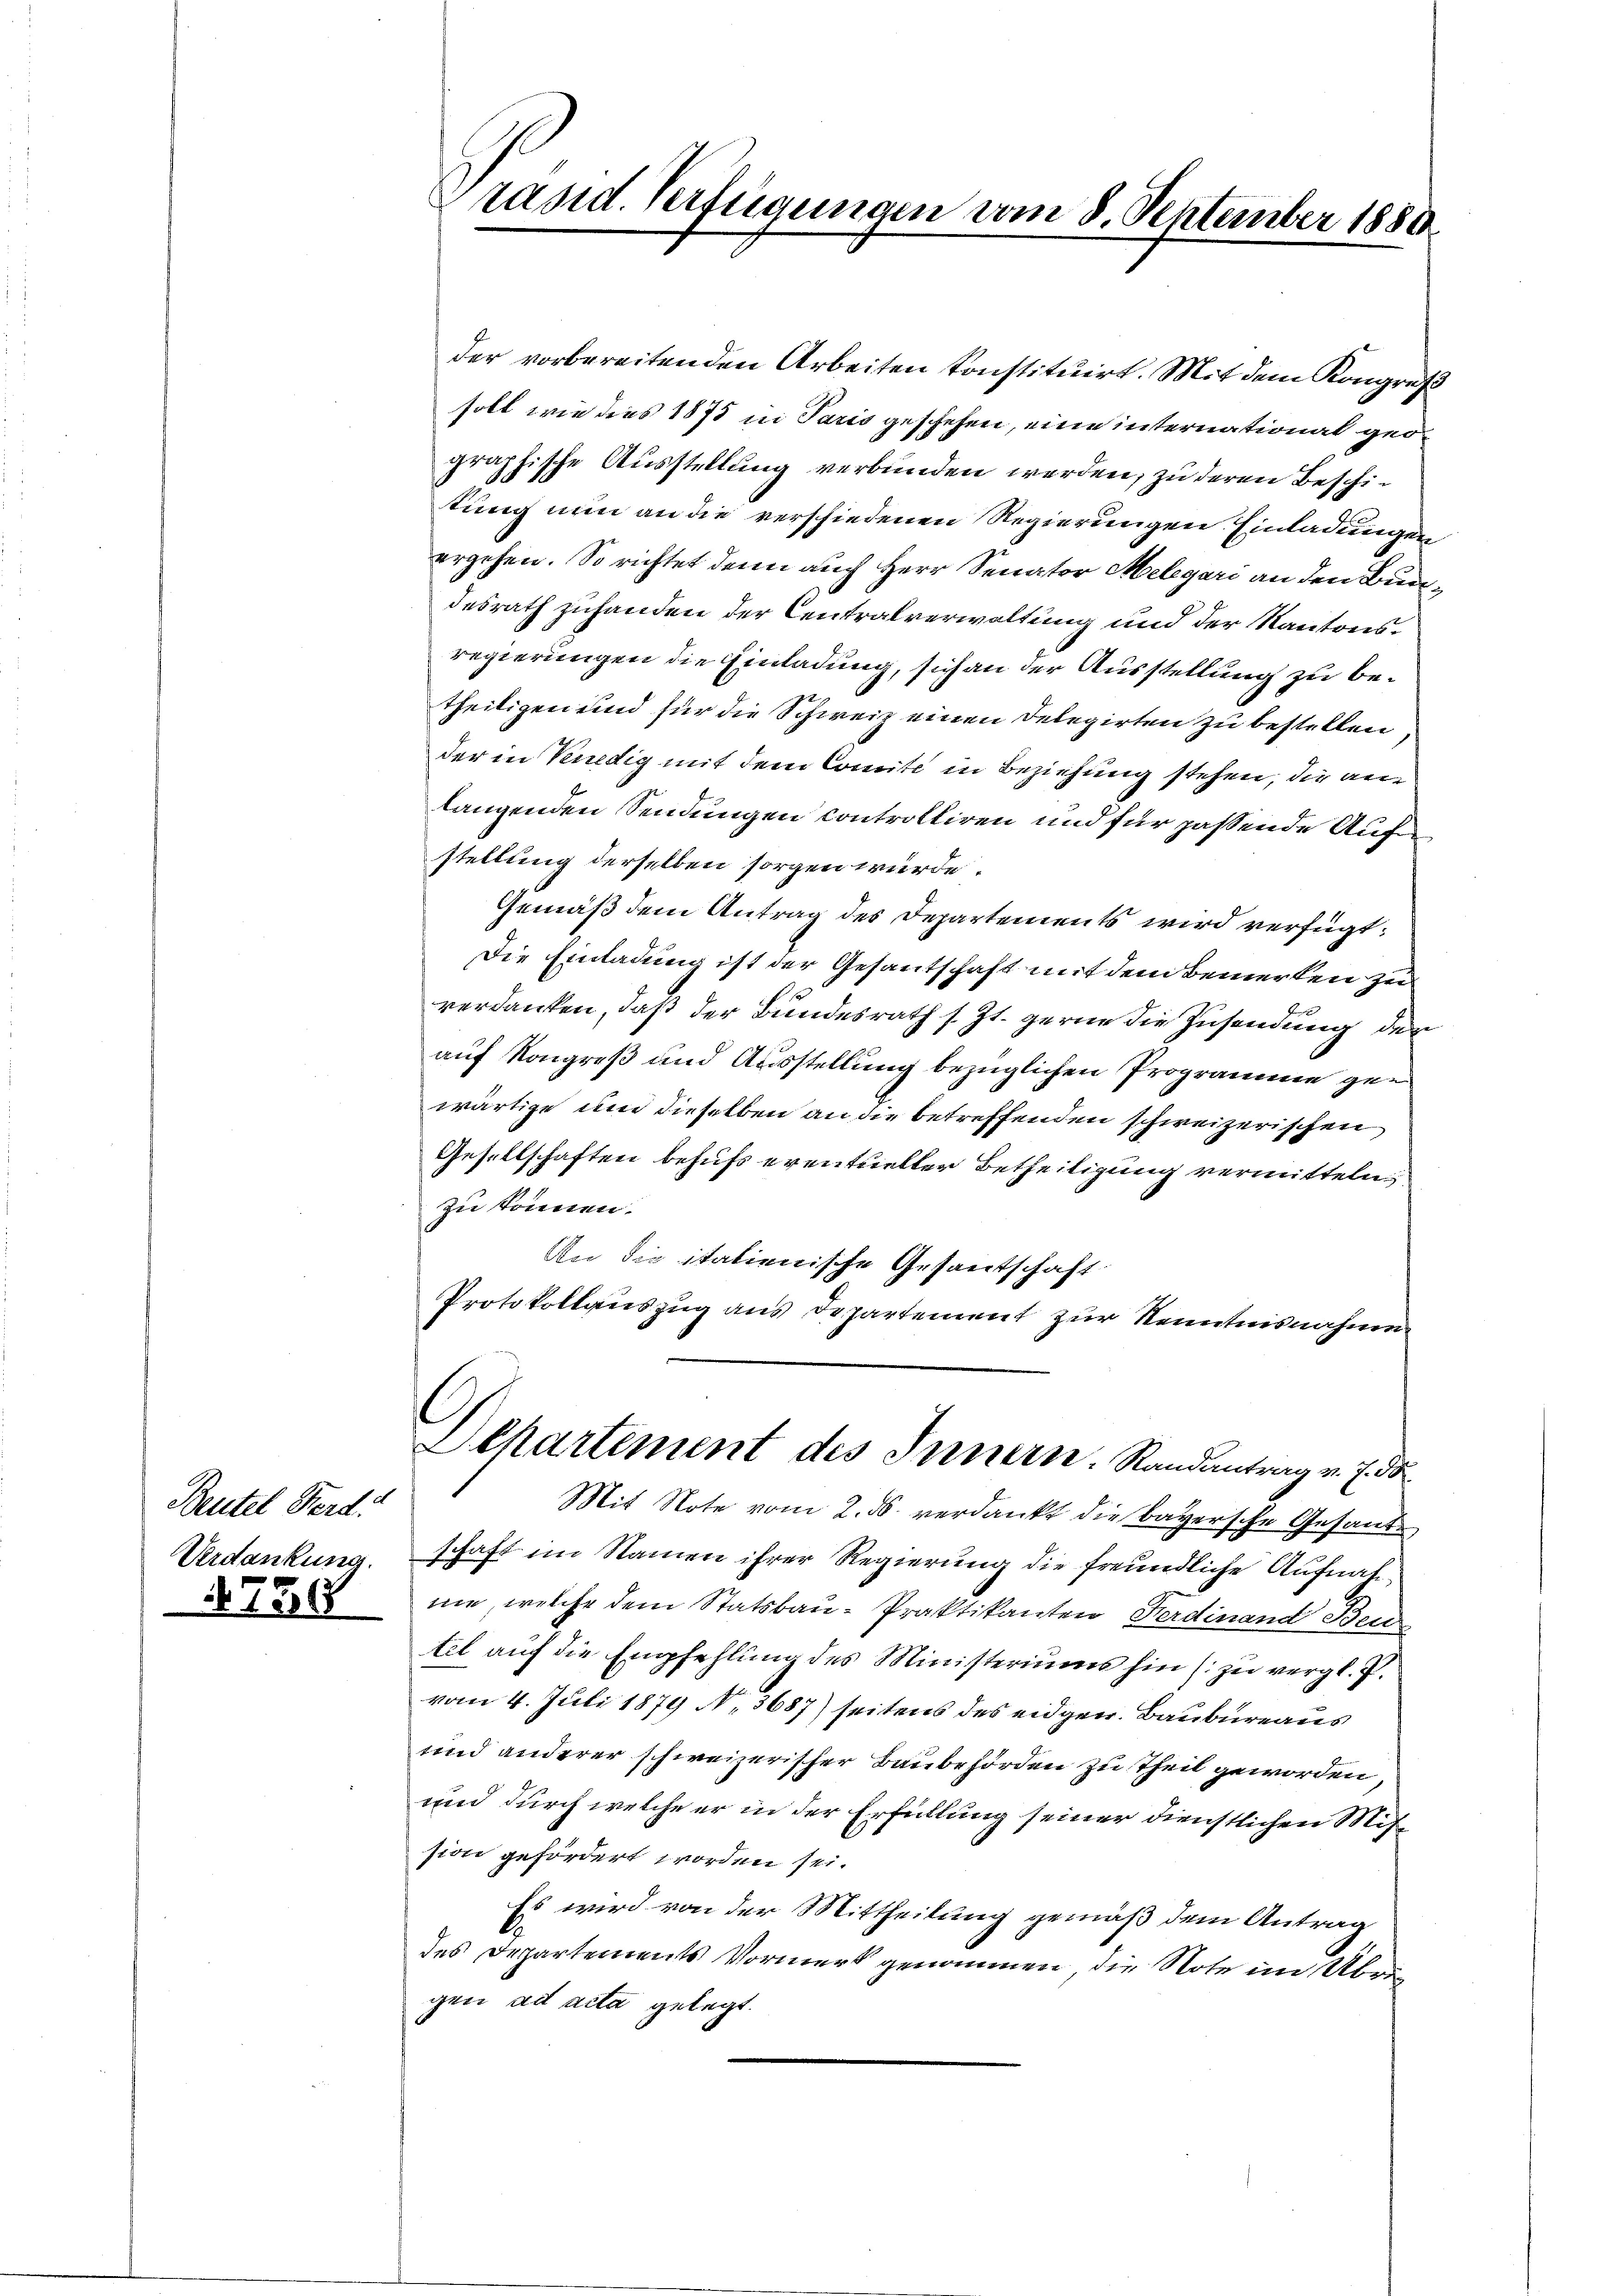
Beutel Ferd:
Verdankung.

720

der vorbereitenden Arbeiten konstituirt. Mit dem Kongress
soll wie dies 1875 in Paris geschehen, eine international geographische Ausstellung verbunden werden, zu deren Beschitung nun an die verschiedenen Regierungen. Einladungen
ergehen. So richtet denn auch Herr Senator Melegari an den Bundesrath zuhanden der Centralverwaltung und der Kantonsregierungen die Einladung, sich an der Ausstellung zu betheiligen und für die Schweiz einen Delegirten zu bestellen
der in Venedig mit dem Comite in Beziehung stehen, die anlangenden Sendungen controlliren und für passende Auf
stellung derselben sorgen würde.
Gemäß dem Antrag des Departements wird verfügt:
Die Einladung ist der Gesantschaft mit dem Bemerken zu
verdanken, daß der Bundesrath s. Zt. gerne die Zusendung der
auf Kongreß und Ausstellung bezüglichen Programme gewärtige um dieselben an die betreffenden schweizerischen
Gesellschaften behufs eventueller Betheiligung vermitteln
zu können.
An die italienische Gesantschaft
Protokollauszug aus Departement zur Kenntnisnahme
s
Dchartement des Innern. Randantrag v. 7. ds.
Mit Note vom 2. ds. verdankt die bayersche Gesandschaft im Namen ihrer Regierung die freundliche Aufnahne, welche dem Statsbau-Praktikanten Ferdinand Bern
tel auf die Empfehlung des Ministeriums hin (zu vergl. P.
vom 4. Juli 1879 No 3687) seitens des eidgen. Baubureaus
und anderer schweizerischer Baubehörden zu Theil geworden
und durch welche er in der Erfüllung seiner dienstlichen Mitsion gefördert worden sei.
Es wird von der Mittheilung gemäß dem Antrag
des Departements Vormerk genommen, die Note im Algen ad acta gelegt.

Präsid. Verfügungen vom 8. September 1880